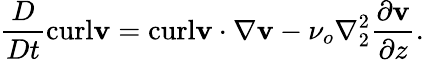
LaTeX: \frac{D}{Dt}\textrm{curl}\mathbf{v}=\textrm{curl}\mathbf{v}\cdot\nabla\mathbf{v}-\nu_{o}\nabla_{2}^{2}\frac{\partial\mathbf{v}}{\partial z}.